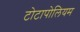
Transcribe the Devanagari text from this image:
टोटापोलियम